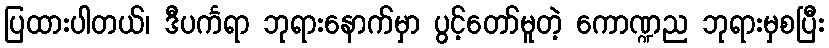
ပြထားပါတယ်၊ ဒီပင်္ကရာ ဘုရားနောက်မှာ ပွင့်တော်မူတဲ့ ကောဏ္ဍည ဘုရားမှစပြီး